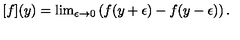
[ f ] ( y ) = \mathrm { l i m } _ { \epsilon \rightarrow 0 } \left( f ( y + \epsilon ) - f ( y - \epsilon ) \right) .